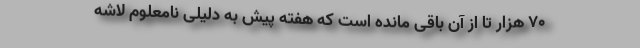
۷۰ هزار تا از آن باقی مانده است که هفته پیش به دلیلی نامعلوم لاشه